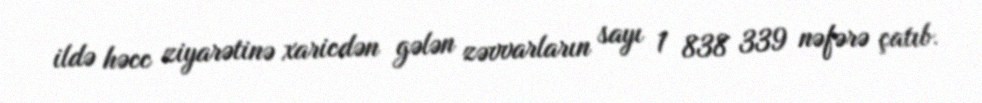
ildə həcc ziyarətinə xaricdən gələn zəvvarların sayı 1 838 339 nəfərə çatıb.